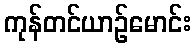
ကုန်တင်ယာဉ်မောင်း